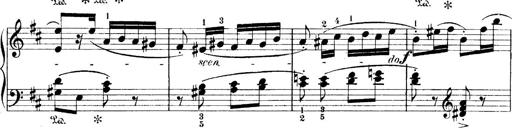
Title: 4 Sonatines
Composer: Max Reger